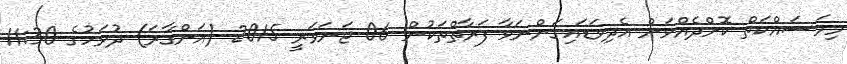
މިމަސައްކަތް ކޮށްދެއްވަން އެދިވަޑައިގަންނަވާ ފަރާތްތަކުން 06 ޖަނަވަރީ 2015 (އަންގާރަ) ދުވަހުގެ 11:30